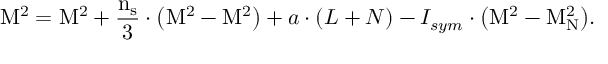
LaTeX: \mathrm { M ^ { 2 } = M _ { \Delta } ^ { 2 } + \frac { n _ { s } } { 3 } \cdot \left( M _ { \Omega } ^ { 2 } - M _ { \Delta } ^ { 2 } \right) } + a \cdot ( L + N ) - I _ { s y m } \cdot \mathrm { \left( M _ { \Delta } ^ { 2 } - M _ { \mathrm { N } } ^ { 2 } \right) } .